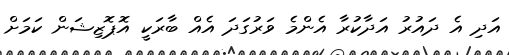
އަދި އެ ދައުރު އަދާކުރާ އެންމެ ވަރުގަދަ އެއް ބާރަކީ އޮޕޮޒިޝަން ކަމަށް